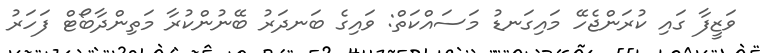
ވަޒީފާ ގައި ކުރަންޖެހޭ މައިގަނޑު މަސައްކަތް: ވައިގެ ބަނދަރު ބޭނުންކުރާ މަތިންދާބޯޓް ފަހަރު